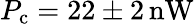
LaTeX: P_{\textrm{c}}=22\pm 2\, \mathrm{nW}